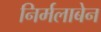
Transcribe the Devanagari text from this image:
निर्मलाबेन